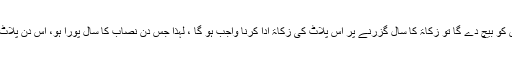
* اگر کسی شخص نے پلاٹ اس نیت سے خریدا ہو کہ نفع ملنے کی صورت میں اس کو بیچ دے گا تو زکاۃ کا سال گزرنے پر اس پلاٹ کی زکاۃ ادا کرنا واجب ہو گا ، لہٰذا جس دن نصاب کا سال پورا ہو، اس دن پلاٹ کی مارکیٹ ویلیو کے اعتبار سے اس کی زکاۃ (ڈھائی فی صد)ادا کرنا واجب ہوگا۔